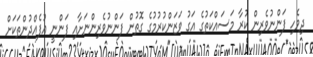
ދިވެހި ފަންނުވެރިން ކުރާ މަސައްކަތުގެ އަގު ވަޒަންކުރުމުގެ ގޮތުން ފަންނުވެރިންނަށާއި ފަންނީ އުފެއްދުންތަކަށް